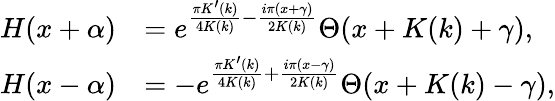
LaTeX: \begin{array}{rl}{H(x+\alpha)}&{=e^{\frac{\pi K^{\prime}(k)}{4K(k)}-\frac{i\pi(x+\gamma)}{2K(k)}}\Theta(x+K(k)+\gamma),}\\ {H(x-\alpha)}&{=-e^{\frac{\pi K^{\prime}(k)}{4K(k)}+\frac{i\pi(x-\gamma)}{2K(k)}}\Theta(x+K(k)-\gamma),}\end{array}